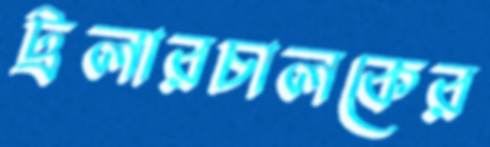
ট্রলারচালকের